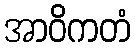
အာဝိကတံ